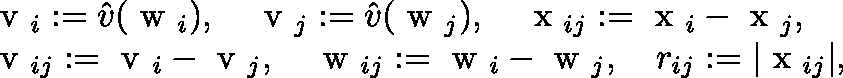
\begin{array} { r } { \begin{array} { r l } & { \mathrm { \boldmath ~ v ~ } _ { i } : = \hat { v } ( \mathrm { \boldmath ~ w ~ } _ { i } ) , \quad \mathrm { \boldmath ~ v ~ } _ { j } : = \hat { v } ( \mathrm { \boldmath ~ w ~ } _ { j } ) , \quad \mathrm { \boldmath ~ x ~ } _ { i j } : = \mathrm { \boldmath ~ x ~ } _ { i } - \mathrm { \boldmath ~ x ~ } _ { j } , } \\ & { \mathrm { \boldmath ~ v ~ } _ { i j } : = \mathrm { \boldmath ~ v ~ } _ { i } - \mathrm { \boldmath ~ v ~ } _ { j } , \quad \mathrm { \boldmath ~ w ~ } _ { i j } : = \mathrm { \boldmath ~ w ~ } _ { i } - \mathrm { \boldmath ~ w ~ } _ { j } , \quad r _ { i j } : = | \mathrm { \boldmath ~ x ~ } _ { i j } | , } \end{array} } \end{array}